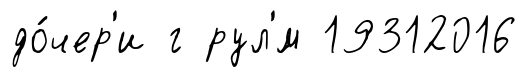
до́чер'и г рул'́м 19312016